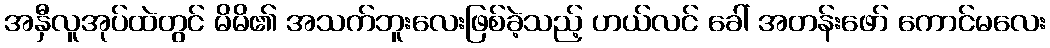
အနှီလူအုပ်ထဲတွင် မိမိ၏ အသက်ဘူးလေးဖြစ်ခဲ့သည့် ဟယ်လင် ခေါ် အတန်းဖော် ကောင်မလေး